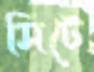
সিটে